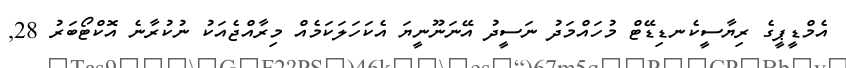
އެމްޑީޕީގެ ރިޔާސީކެނޑިޑޭޓް މުހައްމަދު ނަސީދު އޭނަނޫނީޔަ އެކަހަލަކަމެއް މިރާއްޖެއަކު ނުކުރާނެ އޮކްޓޯބަރު 28